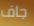
جاف